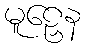
မူဠှေန